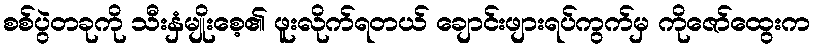
စစ်ပွဲတခုကို သီးနှံမျိုးစေ့၏ ဖူးလိုက်ရတယ် ချောင်းဖျားရပ်ကွက်မှ ကိုဇော်ထွေးက